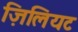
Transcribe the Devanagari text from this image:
ज़िलियट